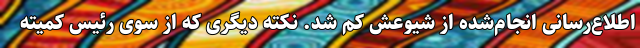
اطلاع‌رسانی انجام‌شده از شیوعش کم شد. نکته دیگری که از سوی رئیس کمیته